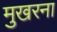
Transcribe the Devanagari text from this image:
मुखरना